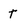
Character: t